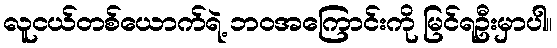
လူငယ်တစ်ယောက်ရဲ့ ဘ၀အကြောင်းကို မြင်ရဦးမှာပါ။